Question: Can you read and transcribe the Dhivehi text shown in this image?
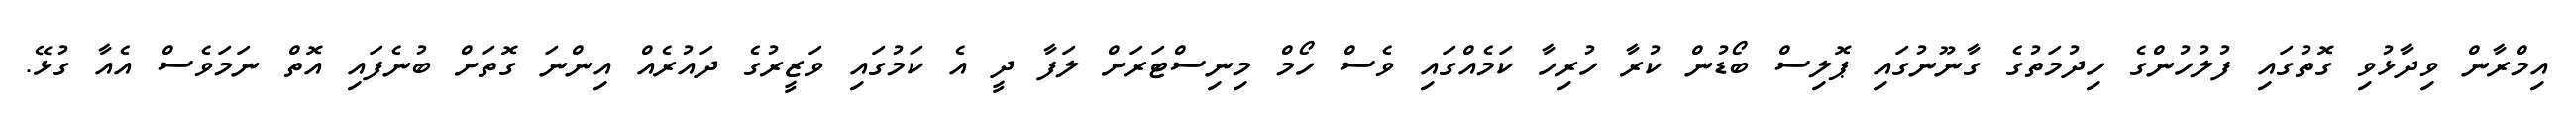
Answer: އިމްރާން ވިދާޅުވި ގޮތުގައި ފުލުހުންގެ ހިދުމަތުގެ ގާނޫނުގައި ޕޮލިސް ބޯޑުން ކުރާ ހުރިހާ ކަމެއްގައި ވެސް ހޯމް މިނިސްޓަރަށް ލަފާ ދީ އެ ކަމުގައި ވަޒީރުގެ ދައުރެއް އިންނަ ގޮތަށް ބުނެފައި އޮތް ނަމަވެސް އެއާ ގުޅޭ.